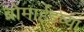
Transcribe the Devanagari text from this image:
ब्रोमाईडच्या